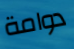
دوامة